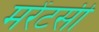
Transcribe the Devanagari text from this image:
मरेंटसी